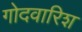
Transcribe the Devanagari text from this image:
गोदवारिश